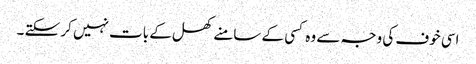
اسی خوف کی وجہ سے وہ کسی کے سامنے کھل کے بات نہیں کر سکتے ۔